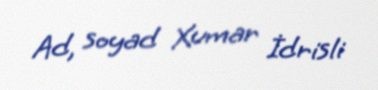
Ad, soyad Xumar İdrisli